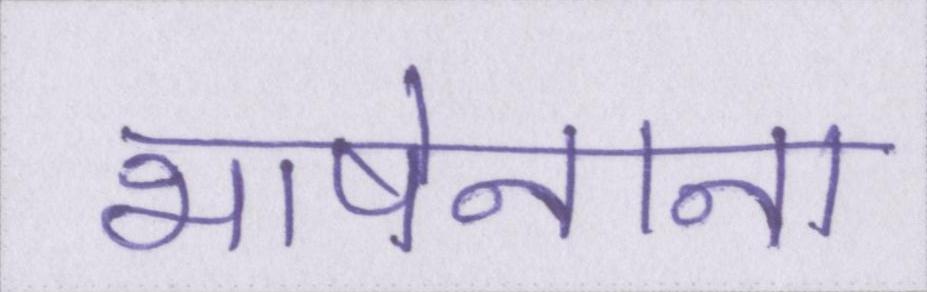
भाषेनाना